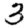
Digit: 3